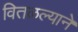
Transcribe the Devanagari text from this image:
वितळल्याने